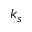
k _ { s }